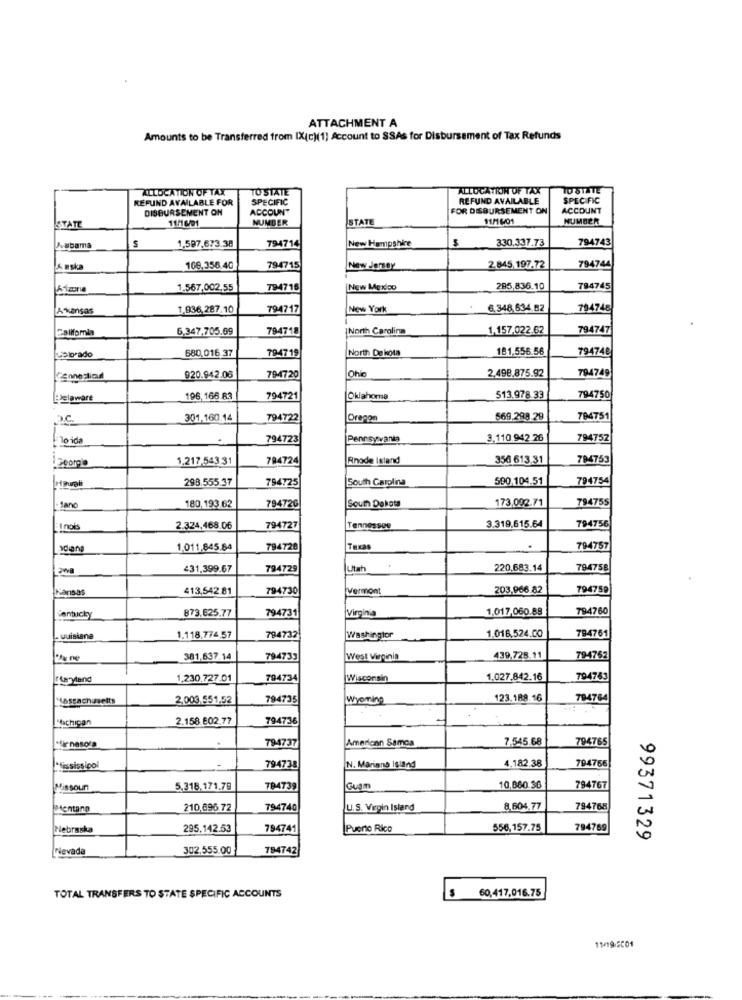
ATTACHMENT A
Amounts to be Transferred from IX(c)(1] Account to SSAs for Disbursement of Tax Refunds
ALLOCATION OF TAX
TO STATE
ALLOCATION OF TAX
TO STATE
REFUND AVAILABLE FOR
SPECIFIC
REFUND AVAILABLE
SPECIFIC
DISBURSEMENT ON
ACCOUNT
FOR DISBURSEMENT ON
ACCOUNT
NUMDER
STATE
11/1 6/01
NUMBER
11/1 6/01
1,597,673.38
330,337.73
794743
Ausbama
794714
New Hampshire
& #ska
109,356.40
794715
New Jersey
2.845 197.72
794744
1.567,002,55
794716
New Mexico
285,836.10
784745
Akansas
1,936,287.10
794717
New York
6.348,634.82
794746
6,347,705.69
794718
North Carolina
1,157.022.62
794747
Beibrado
680,016.37
794719
North De kota
181.556.56
794748
2.498.875.92
794749
Connection
920.942.08
794720
Ohio
Delaware
196,166 83
794721
Oklahoma
513.978.33
794750
O.C.
301,160.14
794722
Oreppa
569.298.29
794751
lo ida
794723
Pennsylvania
3.110.942.26
794752
1.217,543 31
784724
Rhode Island
356 613.31
794753
1 Georgia
298.555.37
794725
South Carolina
590.104.51
794754
180,193.62
173,092.71
794755
-Jano
794726
South Dakota
Inois
2.324,468.06
794727
Tennessee
3.319.615.64
794756
1.011,845.84
794728
Taxas
794757
431,399.67
794729
Utah
220.683.14
794758
Kansas
413,542.81
794730
Vermont
203.966.82
794759
873.625.77
Virginia
1,017,060.88
794760
Cantucky
794731
1.118,774,57
1.016,524.00
794761
quisiane
794732
Washingtor
PAx ne
381,637.14
794733
West Virginia
439.728.11
794762
Maryland
1,230.727.01
794734
Wisconsin
1.027.842.16
794763
Massachusetts
2,003.551.52
794735
Wyoming
123.188.16
794764
"Michigan
2.158 E02.77
794736
794737
7.545.68
794765
Cinesola
American Samoa
4.182.38
794766
794738
N. Mariana Island
Missour
5.318.171.79
784739
Guam
10,860.36
794767
Mentano
210,696.72
794740
U.S. Vegin Island
8,604.77
794768
Nebraska
295.142.53
794741
Puerto Rico
556,157.75
794769
99371329
Nevada
302.555.00
784742
60,417,016.75
TOTAL TRANSFERS TO STATE SPECIFIC ACCOUNTS
11/19/2001